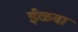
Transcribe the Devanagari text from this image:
ईळवा